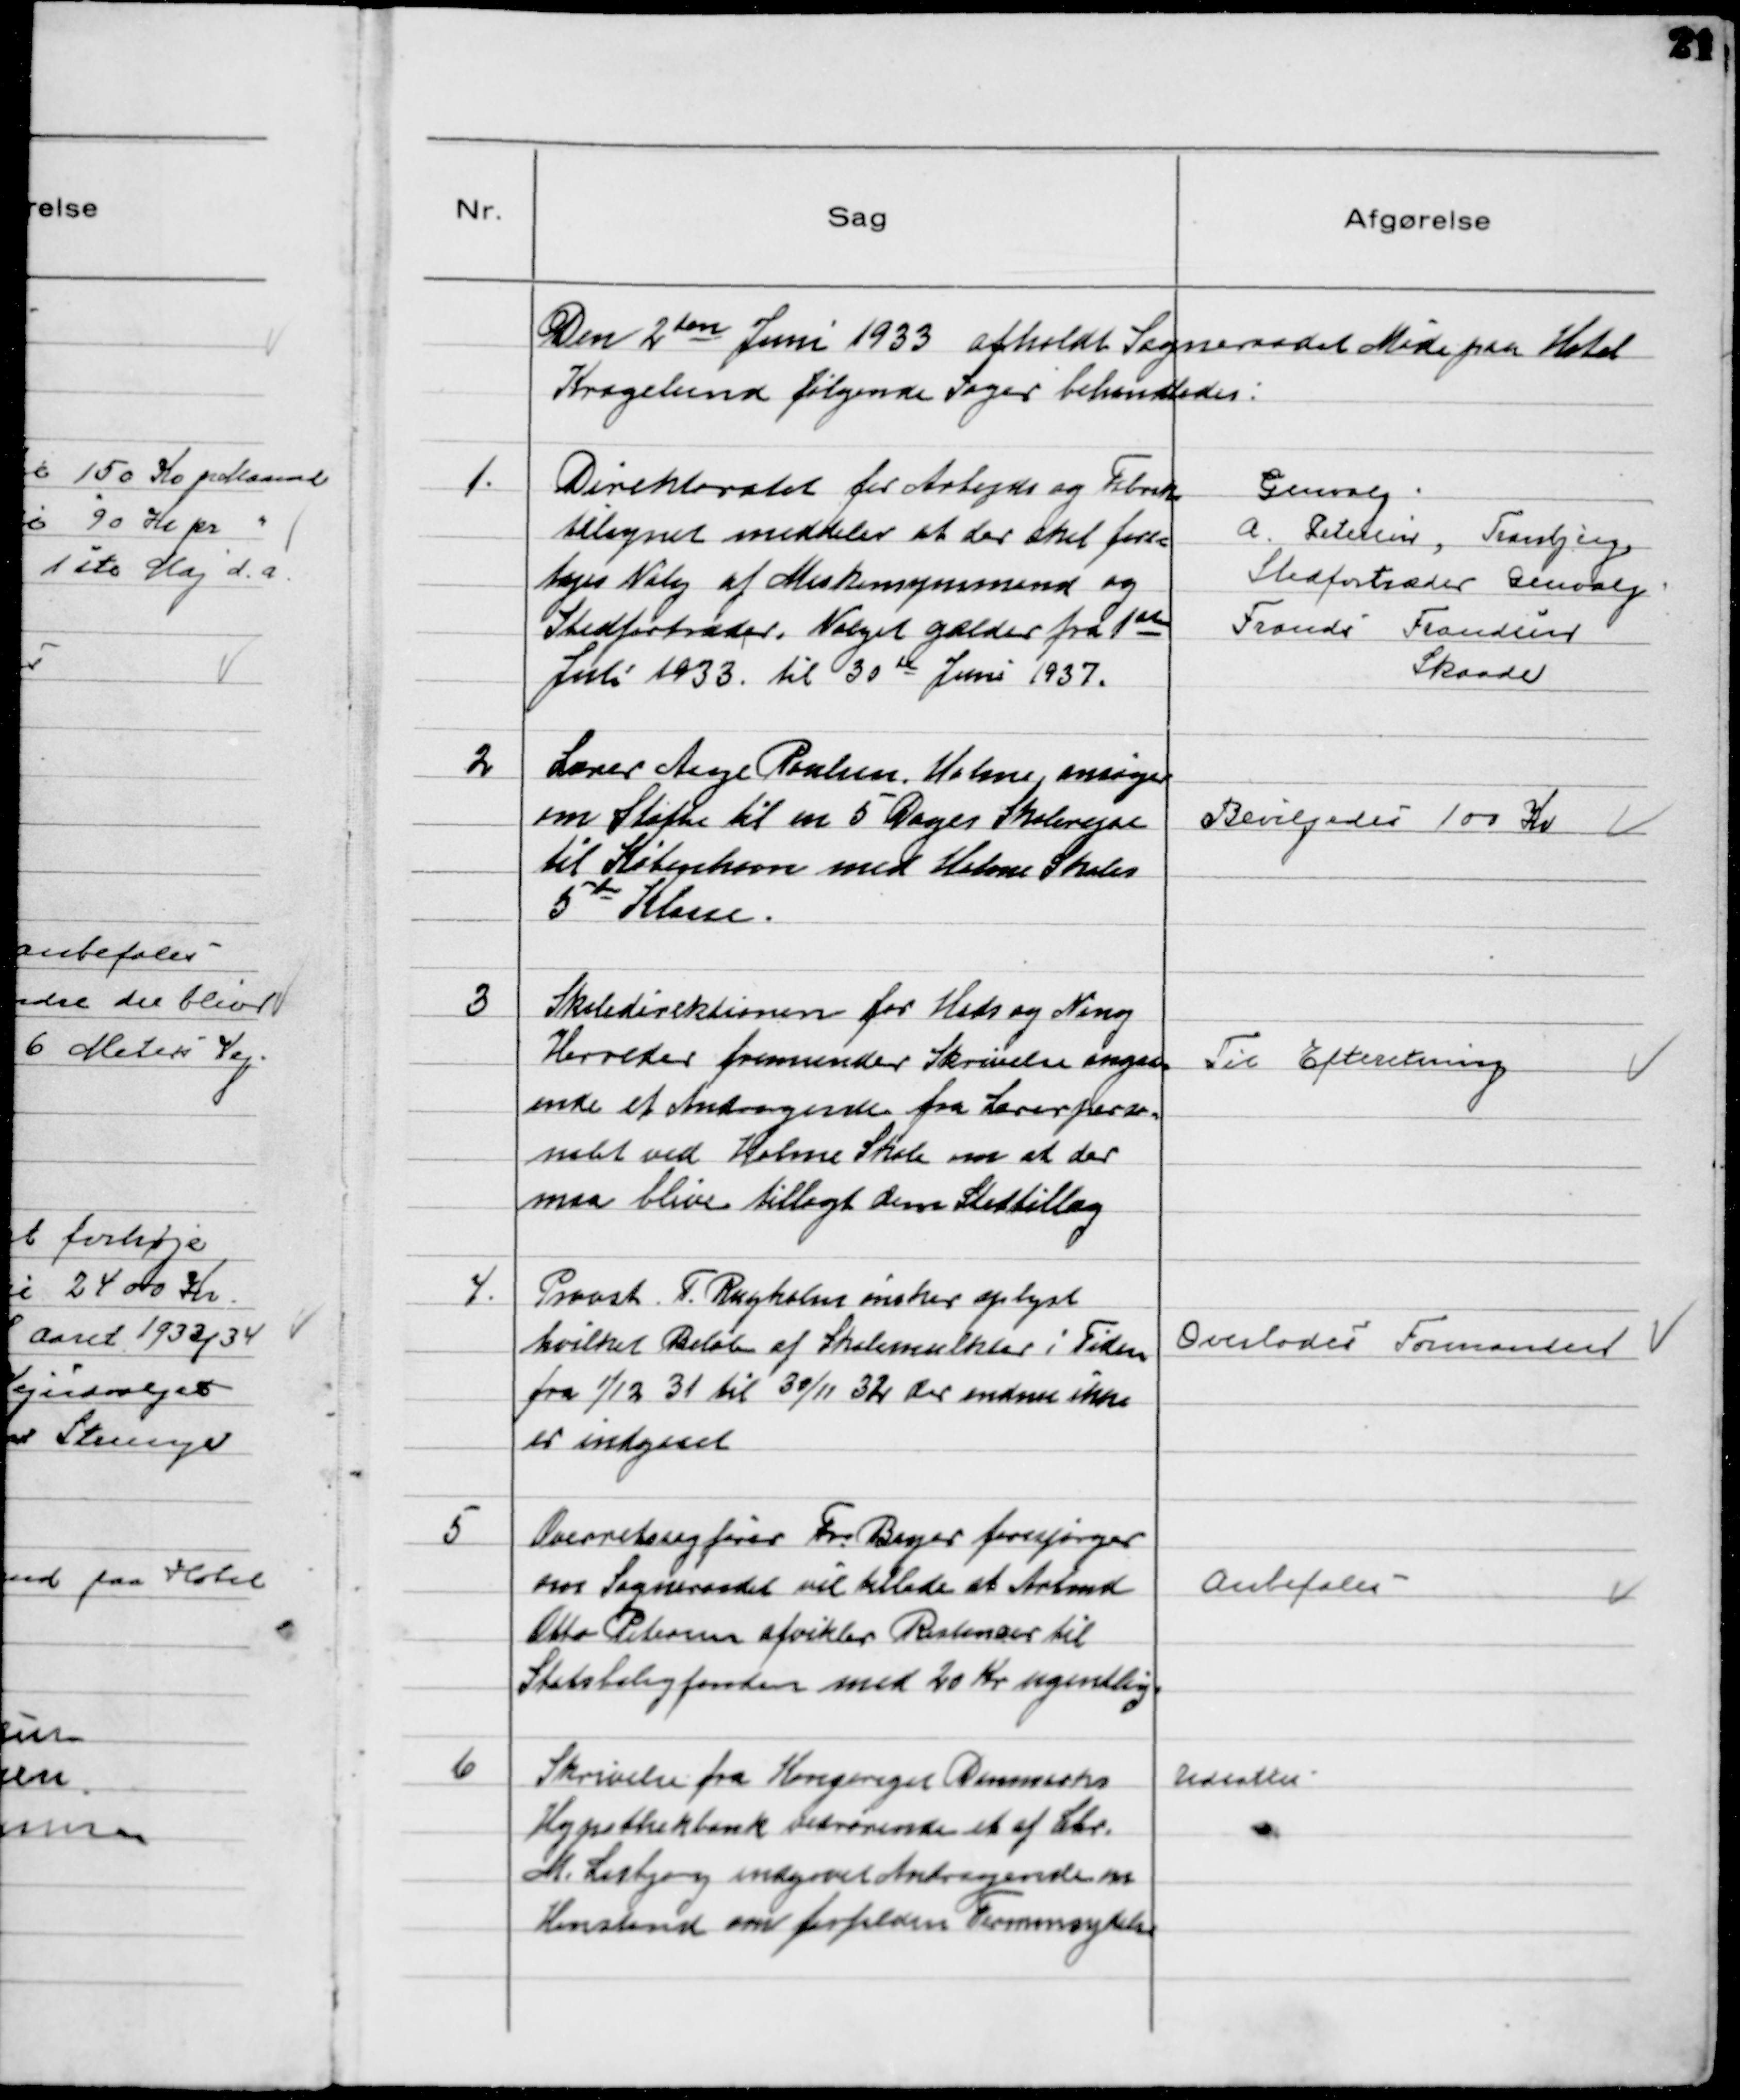
Transskription:
Den 2den Juni 1933 afholdt Sogneraadet Møde paa Hotel
Kragelund følgende Sager behandledes.

1.
Direktoratet for Arbejds og Fabrik
tilsynet meddeler at der skal fore-
tages Valg af Maskinsynsmand og
Stedfortræder. Valget gælder fra 1ste
Juli 1933 til 30 de Juni 1937.

Genvalg
A. Petersen, Tranbjerg
Stedfortræder Genvalg
Frands Frandsen
Skaade

2
Lærer Aage Poulsen, Holme, ansøger
om Støtte til en 5 Dages Skolerejse
til København med Holme Skoles
5te Klasse.

Bevilgedes 100 Kr

3
Skoledirektionen for Hads og Ning
Herreder fremsender Sktivelse angaa
ende et Andragende fra Lærerperso-
nalet ved Holme Skole om at der
maa blive tillagt dem Stedtillæg

Til Efteretning

4.
Provst T. Rugholm ønsker oplyst
hvilket Beløb af Skolemulkter i Tiden
fra 1/12 31 til 30/11 32 der endnu ikke
er indgaaet

Overlodes Formanden

5
Overretssagfører Fr Beyer forespørger
om Sogneraadet vil tillade at Arbmd
Otto Petersen afvikler Restancer til
Statsboligfonden med 20 Kr ugentlig.

Anbefales

6
Skrivelse fra Kongeriget Danmarks
Hypothekbank vedrørende et af Chr.
M. Lisbjerg indgaaet Andragende om
Henstand om forfalden Terminsydelse

Udsattes